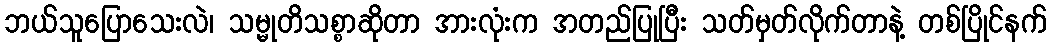
ဘယ်သူပြောသေးလဲ၊ သမ္မုတိသစ္စာဆိုတာ အားလုံးက အတည်ပြုပြီး သတ်မှတ်လိုက်တာနဲ့ တစ်ပြိုင်နက်